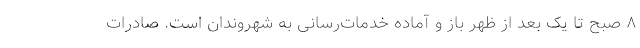
۸ صبح تا یک بعد از ظهر باز و آماده خدمات‌رسانی به شهروندان است. صادرات